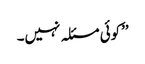
’’کوئی مسئلہ نہیں۔